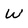
Character: W